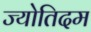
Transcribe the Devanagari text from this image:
ज्योतिदम